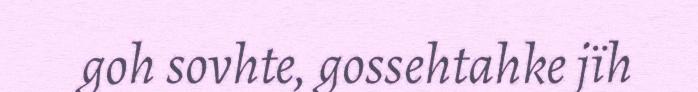
goh sovhte, gossehtahke jïh